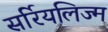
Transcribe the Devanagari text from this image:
सर्रियलिज्म